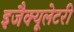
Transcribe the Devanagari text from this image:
इजैक्यूलेटरी